Mental hospitals Bombay report 1921-28 - 1921-1928
Year: 1921
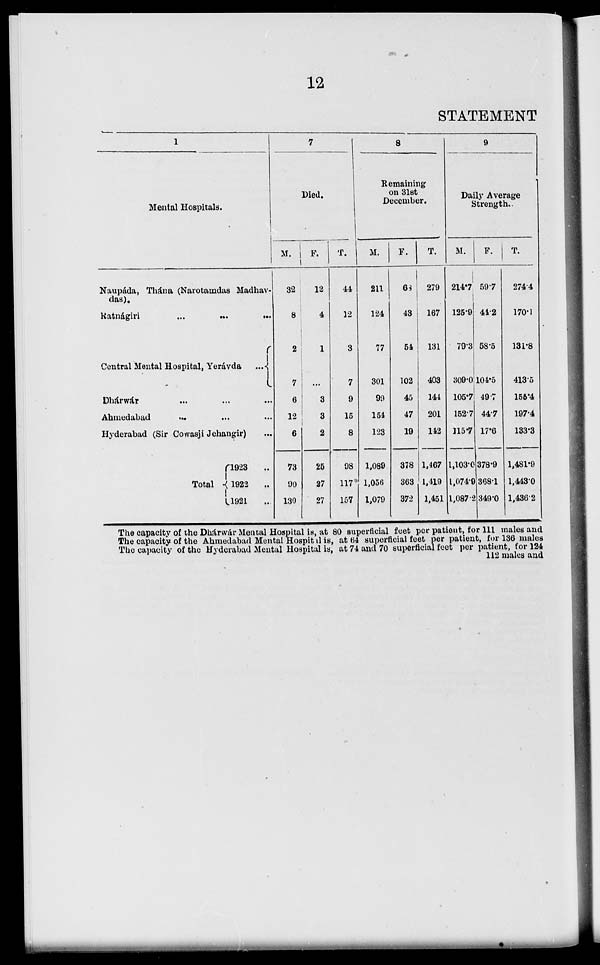
12
STATEMENT
1
Mental Hospitals.
Naupáda, Thána (Narotamdas Madhav-
das).
Ratnágiri
...
...
...
Central Mental Hospital, Yerávda
...
Dhárwár ... ... ...
Ahmedabad
... ... ...
Hyderabad (Sir Cowasji Jehangir) ...
Total
1923 ...
1922 ...
1921 ...
7
Died.
M.
32
8
2
7
6
12
6
73
90
130
F.
12
4
1
...
3
3
2
25
27
27
T.
44
12
3
7
9
15
8
98
117
157
8
Remaining
on 31st
December.
M.
211
124
77
301
99
154
123
1,089
1,056
1,079
F.
68
43
54
102
45
47
19
378
363
372
T.
279
167
131
403
144
201
142
1,467
1,419
1,451
9
Daily Average
Strength.
M.
214.7
125.9
79.3
309.0
105.7
152.7
115.7
1,103.0
1,074.9
1,087.2
F.
59.7
44.2
58.5
104.5
49.7
44.7
17.6
378.9
368.1
349.0
T.
274.4
170.1
131.8
413.5
155.4
197.4
133.3
1,481.9
1,443.0
1,436.2
The capacity of the Dhárwár Mental Hospital is, at 80 superficial feet per patient, for 111 males and
The capacity of the Ahmedabad Mental Hospital is, at 64 superficial feet per patient, for 136 males
The capacity of the Hyderabad Mental Hospital is, at 74 and 70 superficial feet per patient, for 124
112 males and